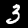
Label: 3